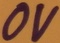
Text: 0V